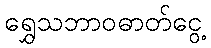
ရွှေသဘာဝဓာတ်ငွေ့